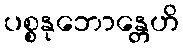
ပစ္စနုဘောန္တေဟိ